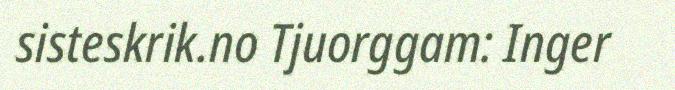
sisteskrik.no Tjuorggam: Inger